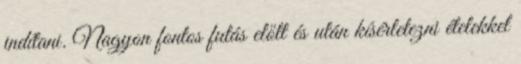
indítani. Nagyon fontos futás előtt és után kísérletezni ételekkel